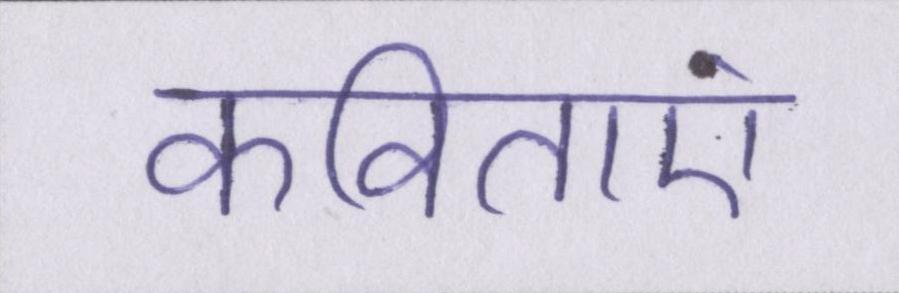
कविताएं